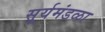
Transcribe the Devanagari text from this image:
सूर्यमंडळा